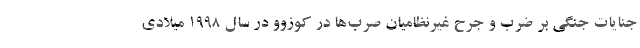
جنایات جنگی بر ضرب و جرح غیرنظامیان صرب‌ها در کوزوو در سال ۱۹۹۸ میلادی